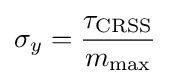
\sigma _{y}={\frac {\tau _{\text{CRSS}}}{m_{\text{max}}}}